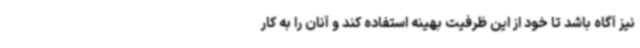
نیز آگاه باشد تا خود از این ظرفیت بهینه استفاده کند و آنان را به کار